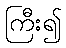
ကြီး၍